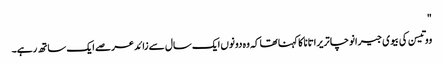
"
ووتیسن کی بیوی جیرانوچا تریراتانا کا کہنا تھا کہ وہ دونوں ایک سال سے زائد عرصے ایک ساتھ رہے۔